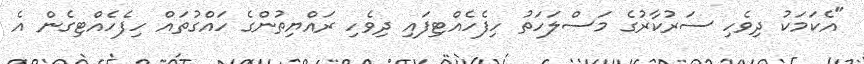
"އެކަމަކު ދިވެހި ސަރުކާރުގެ މަސްލަހަތު ހިފެހެއްޓިފައި ދިވެހި ރައްޔިތުންގެ ހައްގުތައް ހިފެހެއްޓިގެން އެ